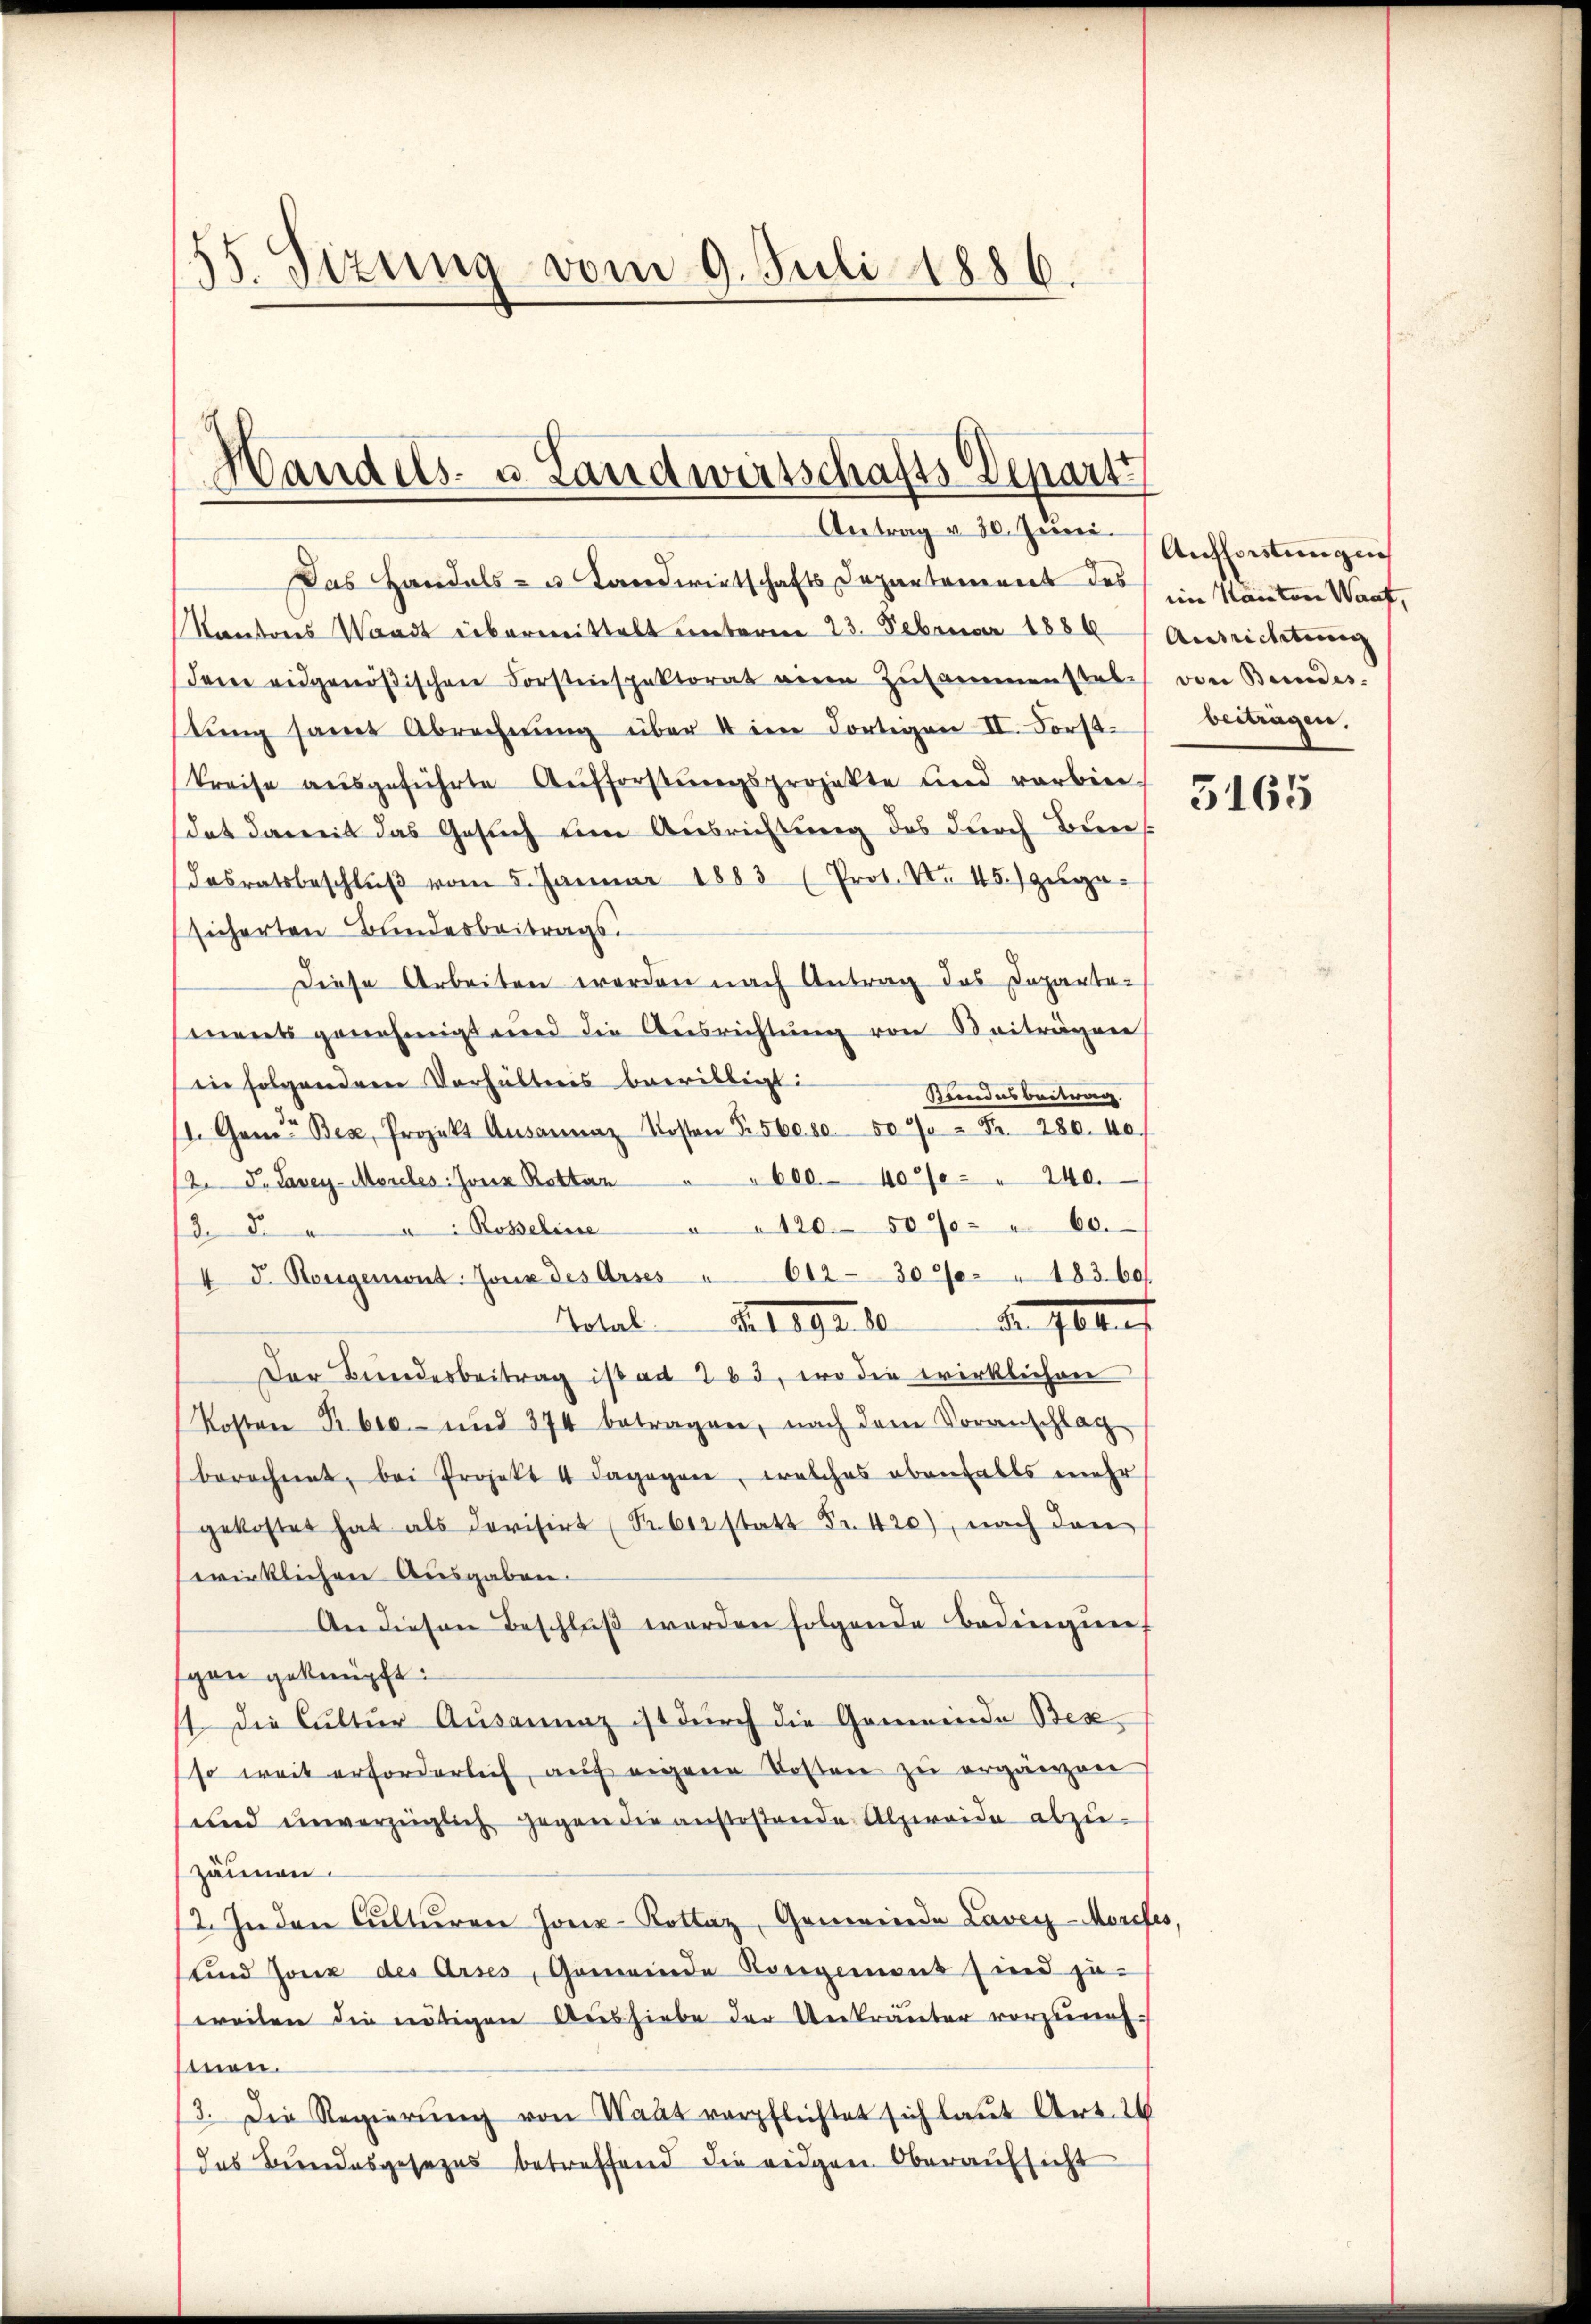
155. Sizung vom 9. Juli 1886.

Handels- u. Landwirtschafts Depart
Antrag v. 30. Juni.

Das Handels- u. Landwirtschafts Departement des im Kanton Waaf,
Kantons Waadt übermittelt unterm 23. Februar 1884 Ausrichtung
dene eidgenößischen Forsteinspektorat vier Zusammenstale von Beendes.
stŭng samt Abrechnŭng über 4 im dortigen II. Forst-
kreise aŭsgeführte Aufforstŭngsprojekte und verbin-
dat damit das Gesuch um Ausrichtung des durch Bun
desratsbeschlŭβ vom 5. Januar 1883 (Prot. No 45.) zuge-
sicherten Bundesbeitrags.
Diese Arbeiten werden nach Antrag das Departa-
ments genehmigt und die Ausrichtŭng von Beiträgen
in folgendem Verhältnis bewilligt:
Kundesbeitrag.
/. Ganz Bex, Projekt Aŭsannaz Kosten Fr. 560. 50. 50 Fr. 280. 40.
/2. Fr. Lavey-Moreles: Jona Rotter " " 600. 40 20 " 240.
120. 507 " 60.
a Rosseline
d. Da
4 d. Bougemut. Joux des Arses " 612 - 30% " 183. 60
Artal d. 1092. 10 No 104.
Der Bundesbeitrag ist ad 263, wo die wirklichen
(Kosten Pr. 60.- und 374 betragen, nach dem Voranschlag
berechnet, bei Projekt 4 Dagegen, welches ebenfalls mehr
gekostet hat als devisirt (S. 602 statt Fr. 420), nach den
wirklichen Ausgaben.
An diesen Beschluß werden folgende Bedingung
gon geknüpft:
t die Cultur Ausanna ist durch die Gemeinde Bez
so weit erforderlich, auf eigene Kosten zu ergänzen
und unverzüglich gegen die anstoßende Abzweide abzuzäunen
12. In den Culturrer Jonz-Kottaz, Gemeinde Laver-Morefes,
und Jone des Arses, Gemeinde Kongemons sind ja
weilen die nötigen Aushiebe der Unkräuter vorzunehmnon.
3. Die Regierŭng von Waat verpflichtet sich laut Art. 24
das Bundesgesezes betreffend die eigen Oberaufsicht

Aufforstungen
beitragen,

3165